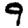
Digit: 9